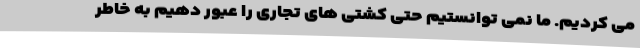
می کردیم. ما نمی توانستیم حتی کشتی های تجاری را عبور دهیم به خاطر